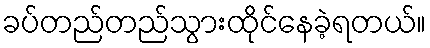
ခပ်တည်တည်သွားထိုင်နေခဲ့ရတယ်။